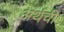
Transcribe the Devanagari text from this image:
अर्थची